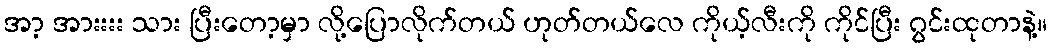
အာ့ အားးးး သား ပြီးတော့မှာ လို့ပြောလိုက်တယ် ဟုတ်တယ်လေ ကိုယ့်လီးကို ကိုင်ပြီး ဂွင်းထုတာနဲ့။